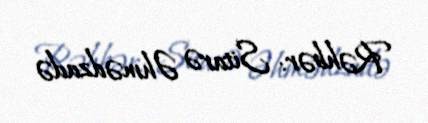
Rəhbər: Sitarə Əhmədzadə